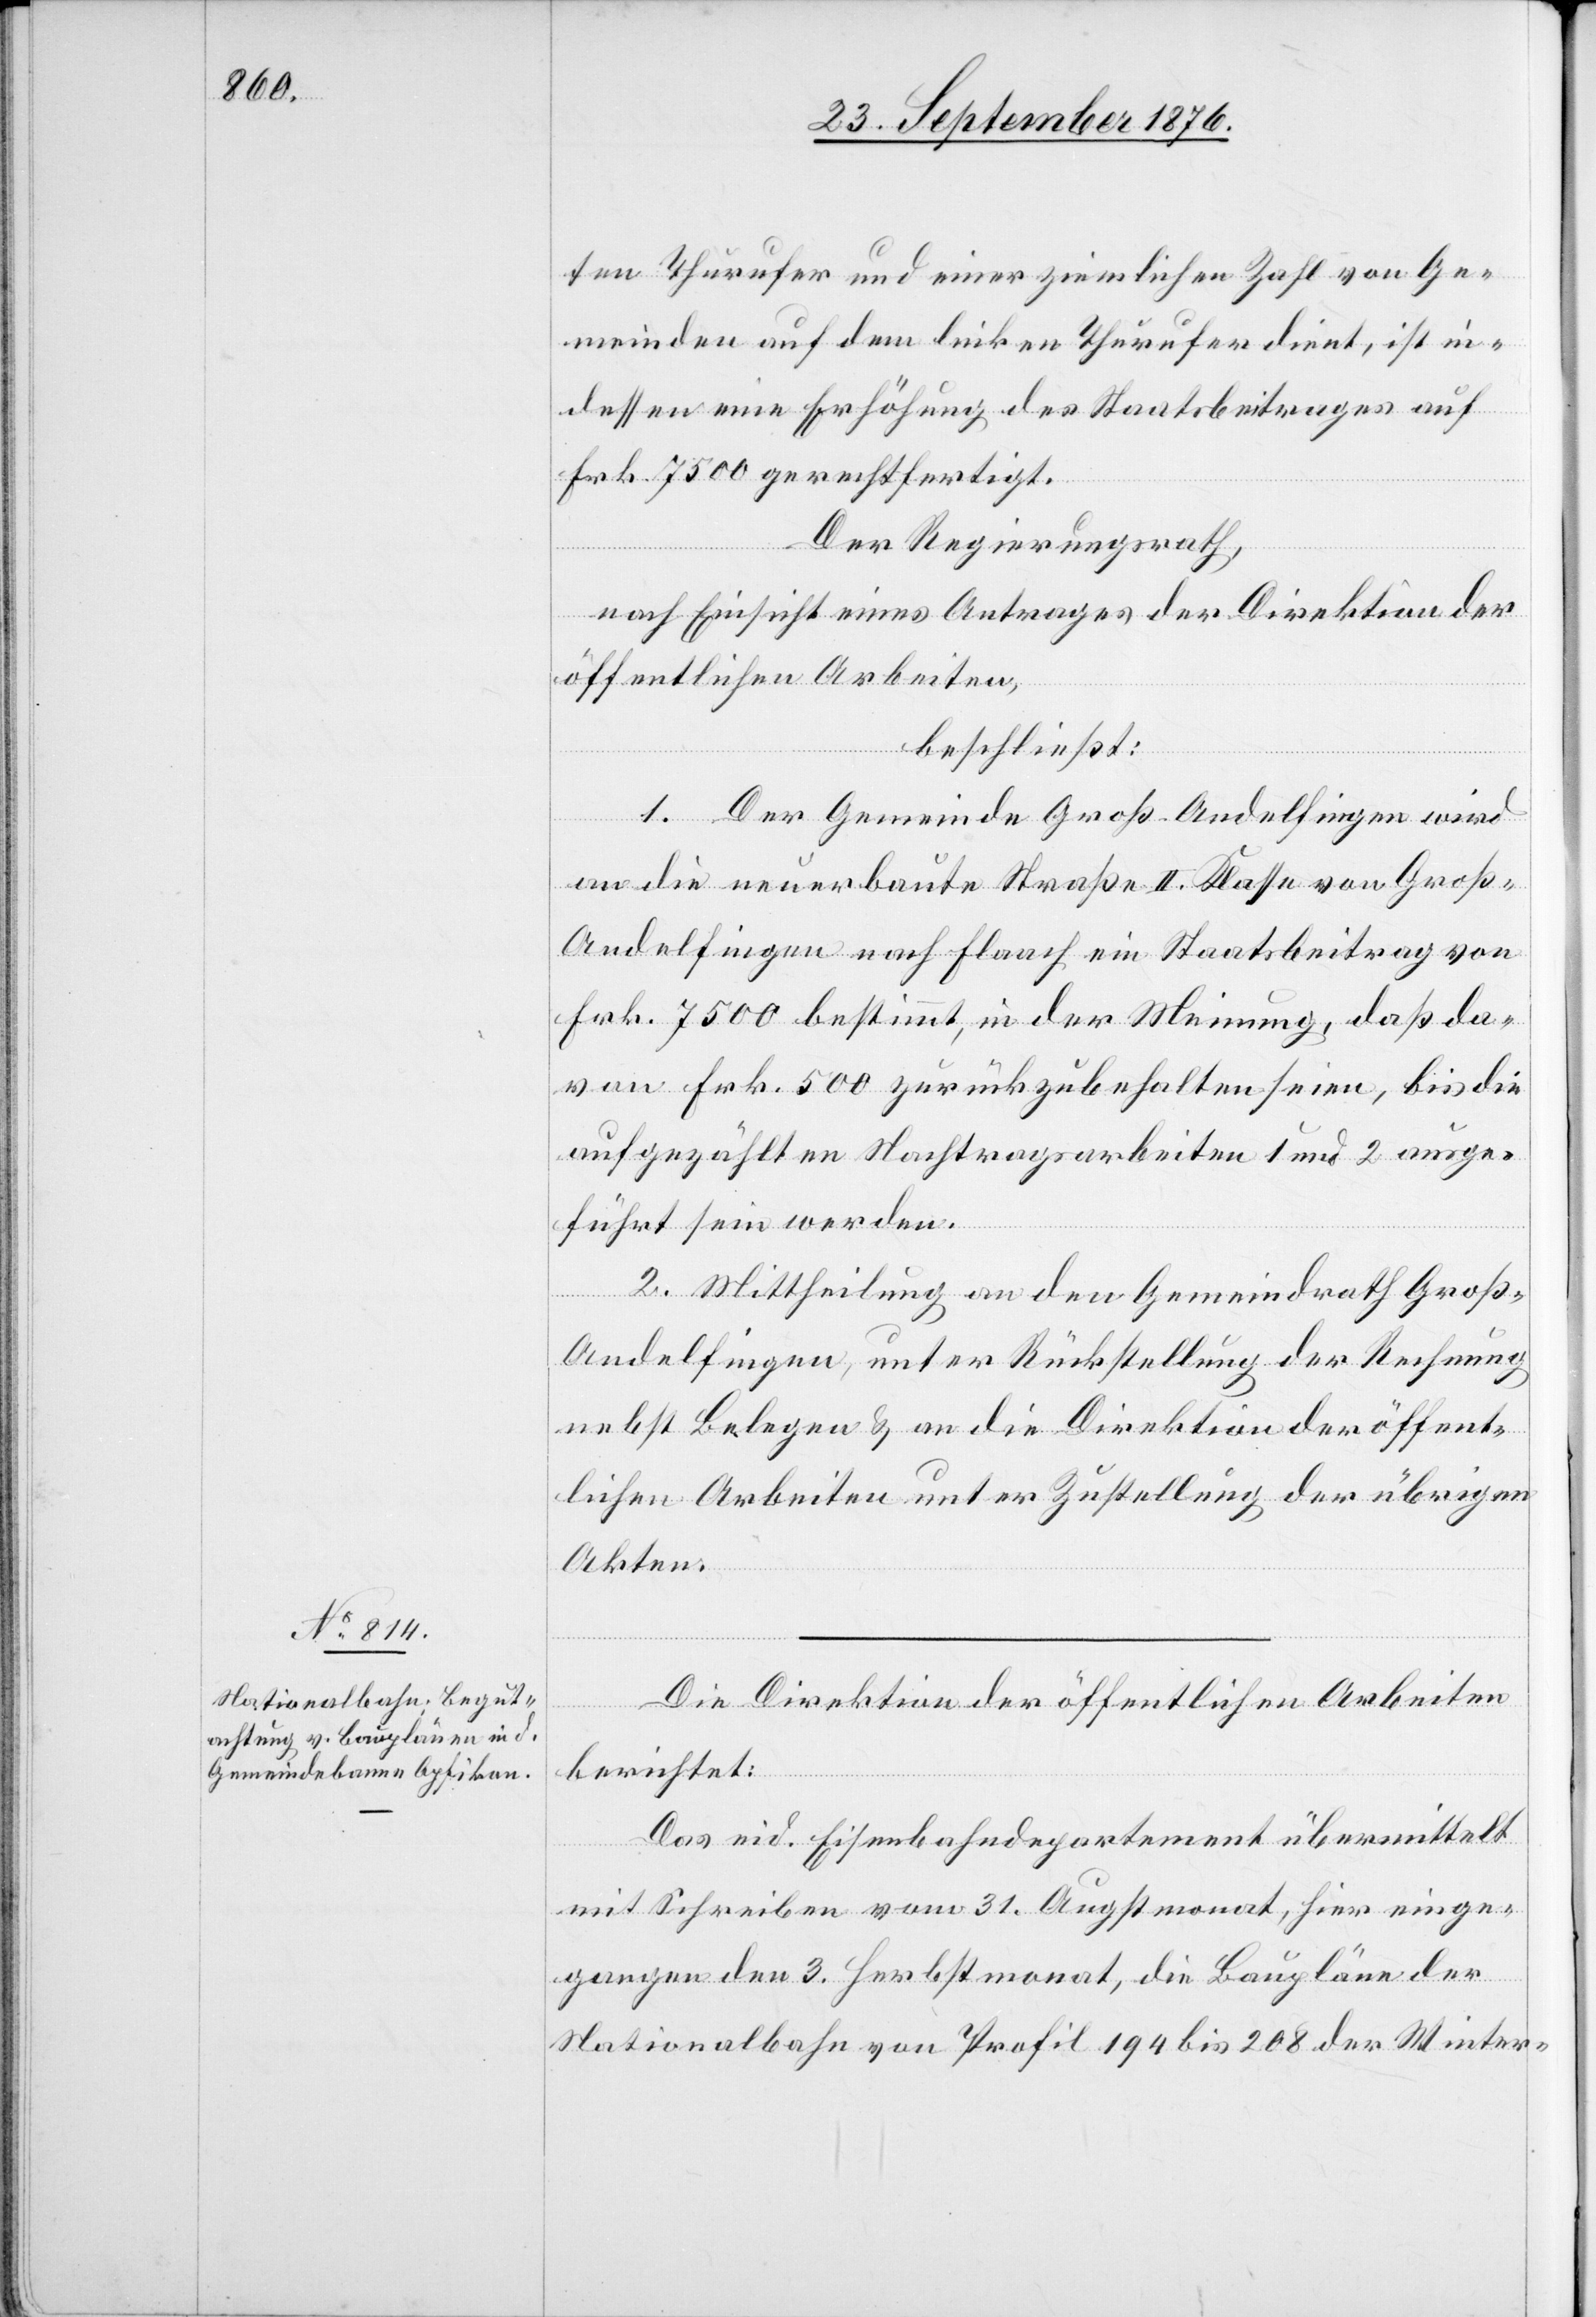
ten Thurufer und einer ziemlichen Zahl von Ge¬
meinden auf dem linken Thurufer dient, ist in¬
dessen eine Erhöhung des Staatsbeitrages auf
Frk. 7500 gerechtfertigt.
Der Regierungsrath,
nach Einsicht eines Antrages der Direktion der
öffentlichen Arbeiten,
beschließt:
1. Der Gemeinde Groß-Andelfingen wird
an die neuerbaute Straße II. Klasse von Groß-A¬
ndelfingen nach Flaach ein Staatsbeitrag von
Frk. 7500 bestimmt, in der Meinung, daß da¬
von Frk. 500 zurückzubehalten seien, bis die
aufgezählten Nachtragsarbeiten 1 und 2 ausge¬
führt sein werden.
2. Mittheilung an den Gemeindrath Groß-A¬
ndelfingen, unter Rückstellung der Rechnung
nebst Belegen & an die Direktion der öffent¬
lichen Arbeiten unter Zustellung der übrigen
Akten.
Die Direktion der öffentlichen Arbeiten
berichtet:
Das eid. Eisenbahndepartement übermittelt
mit Schreiben vom 31. Augstmonat, hier einge¬
gangen den 3. Herbstmonat, die Baupläne der
Nationalbahn von Profil 194 bis 208 der Winter-